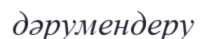
дәрумендеру